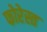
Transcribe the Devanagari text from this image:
फोरेस्त